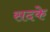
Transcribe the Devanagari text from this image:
सदके